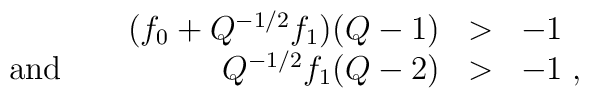
\begin{array}{lrll}&(f_{0}+Q^{-1/2}f_{1})(Q-1)&>&-1\\\mbox{ and }\;\;\;&Q^{-1/2}f_{1}(Q-2)&>&-1\;,\end{array}